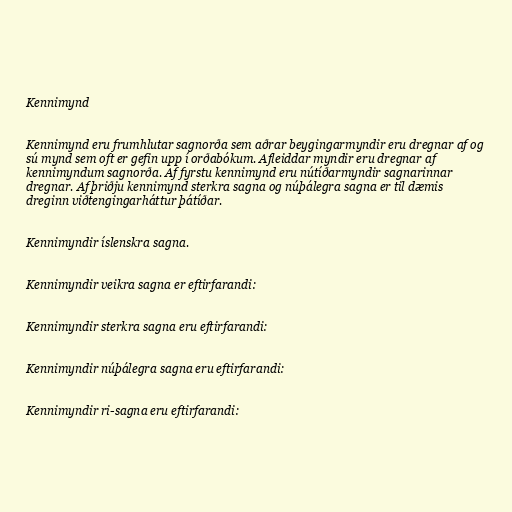
Kennimynd

Kennimynd eru frumhlutar sagnorða sem aðrar beygingarmyndir eru dregnar af og
sú mynd sem oft er gefin upp í orðabókum. Afleiddar myndir eru dregnar af
kennimyndum sagnorða. Af fyrstu kennimynd eru nútíðarmyndir sagnarinnar
dregnar. Af þriðju kennimynd sterkra sagna og núþálegra sagna er til dæmis
dreginn viðtengingarháttur þátíðar.

Kennimyndir íslenskra sagna.

Kennimyndir veikra sagna er eftirfarandi:

Kennimyndir sterkra sagna eru eftirfarandi:

Kennimyndir núþálegra sagna eru eftirfarandi:

Kennimyndir ri-sagna eru eftirfarandi: